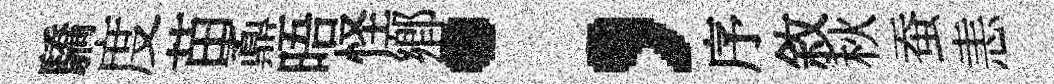
驕度苗鼒晤怪鄉；序敘秋蚕恚